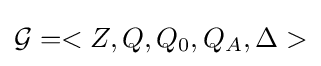
{\mathcal {G}}=<Z,Q,Q_{0},Q_{A},\Delta >